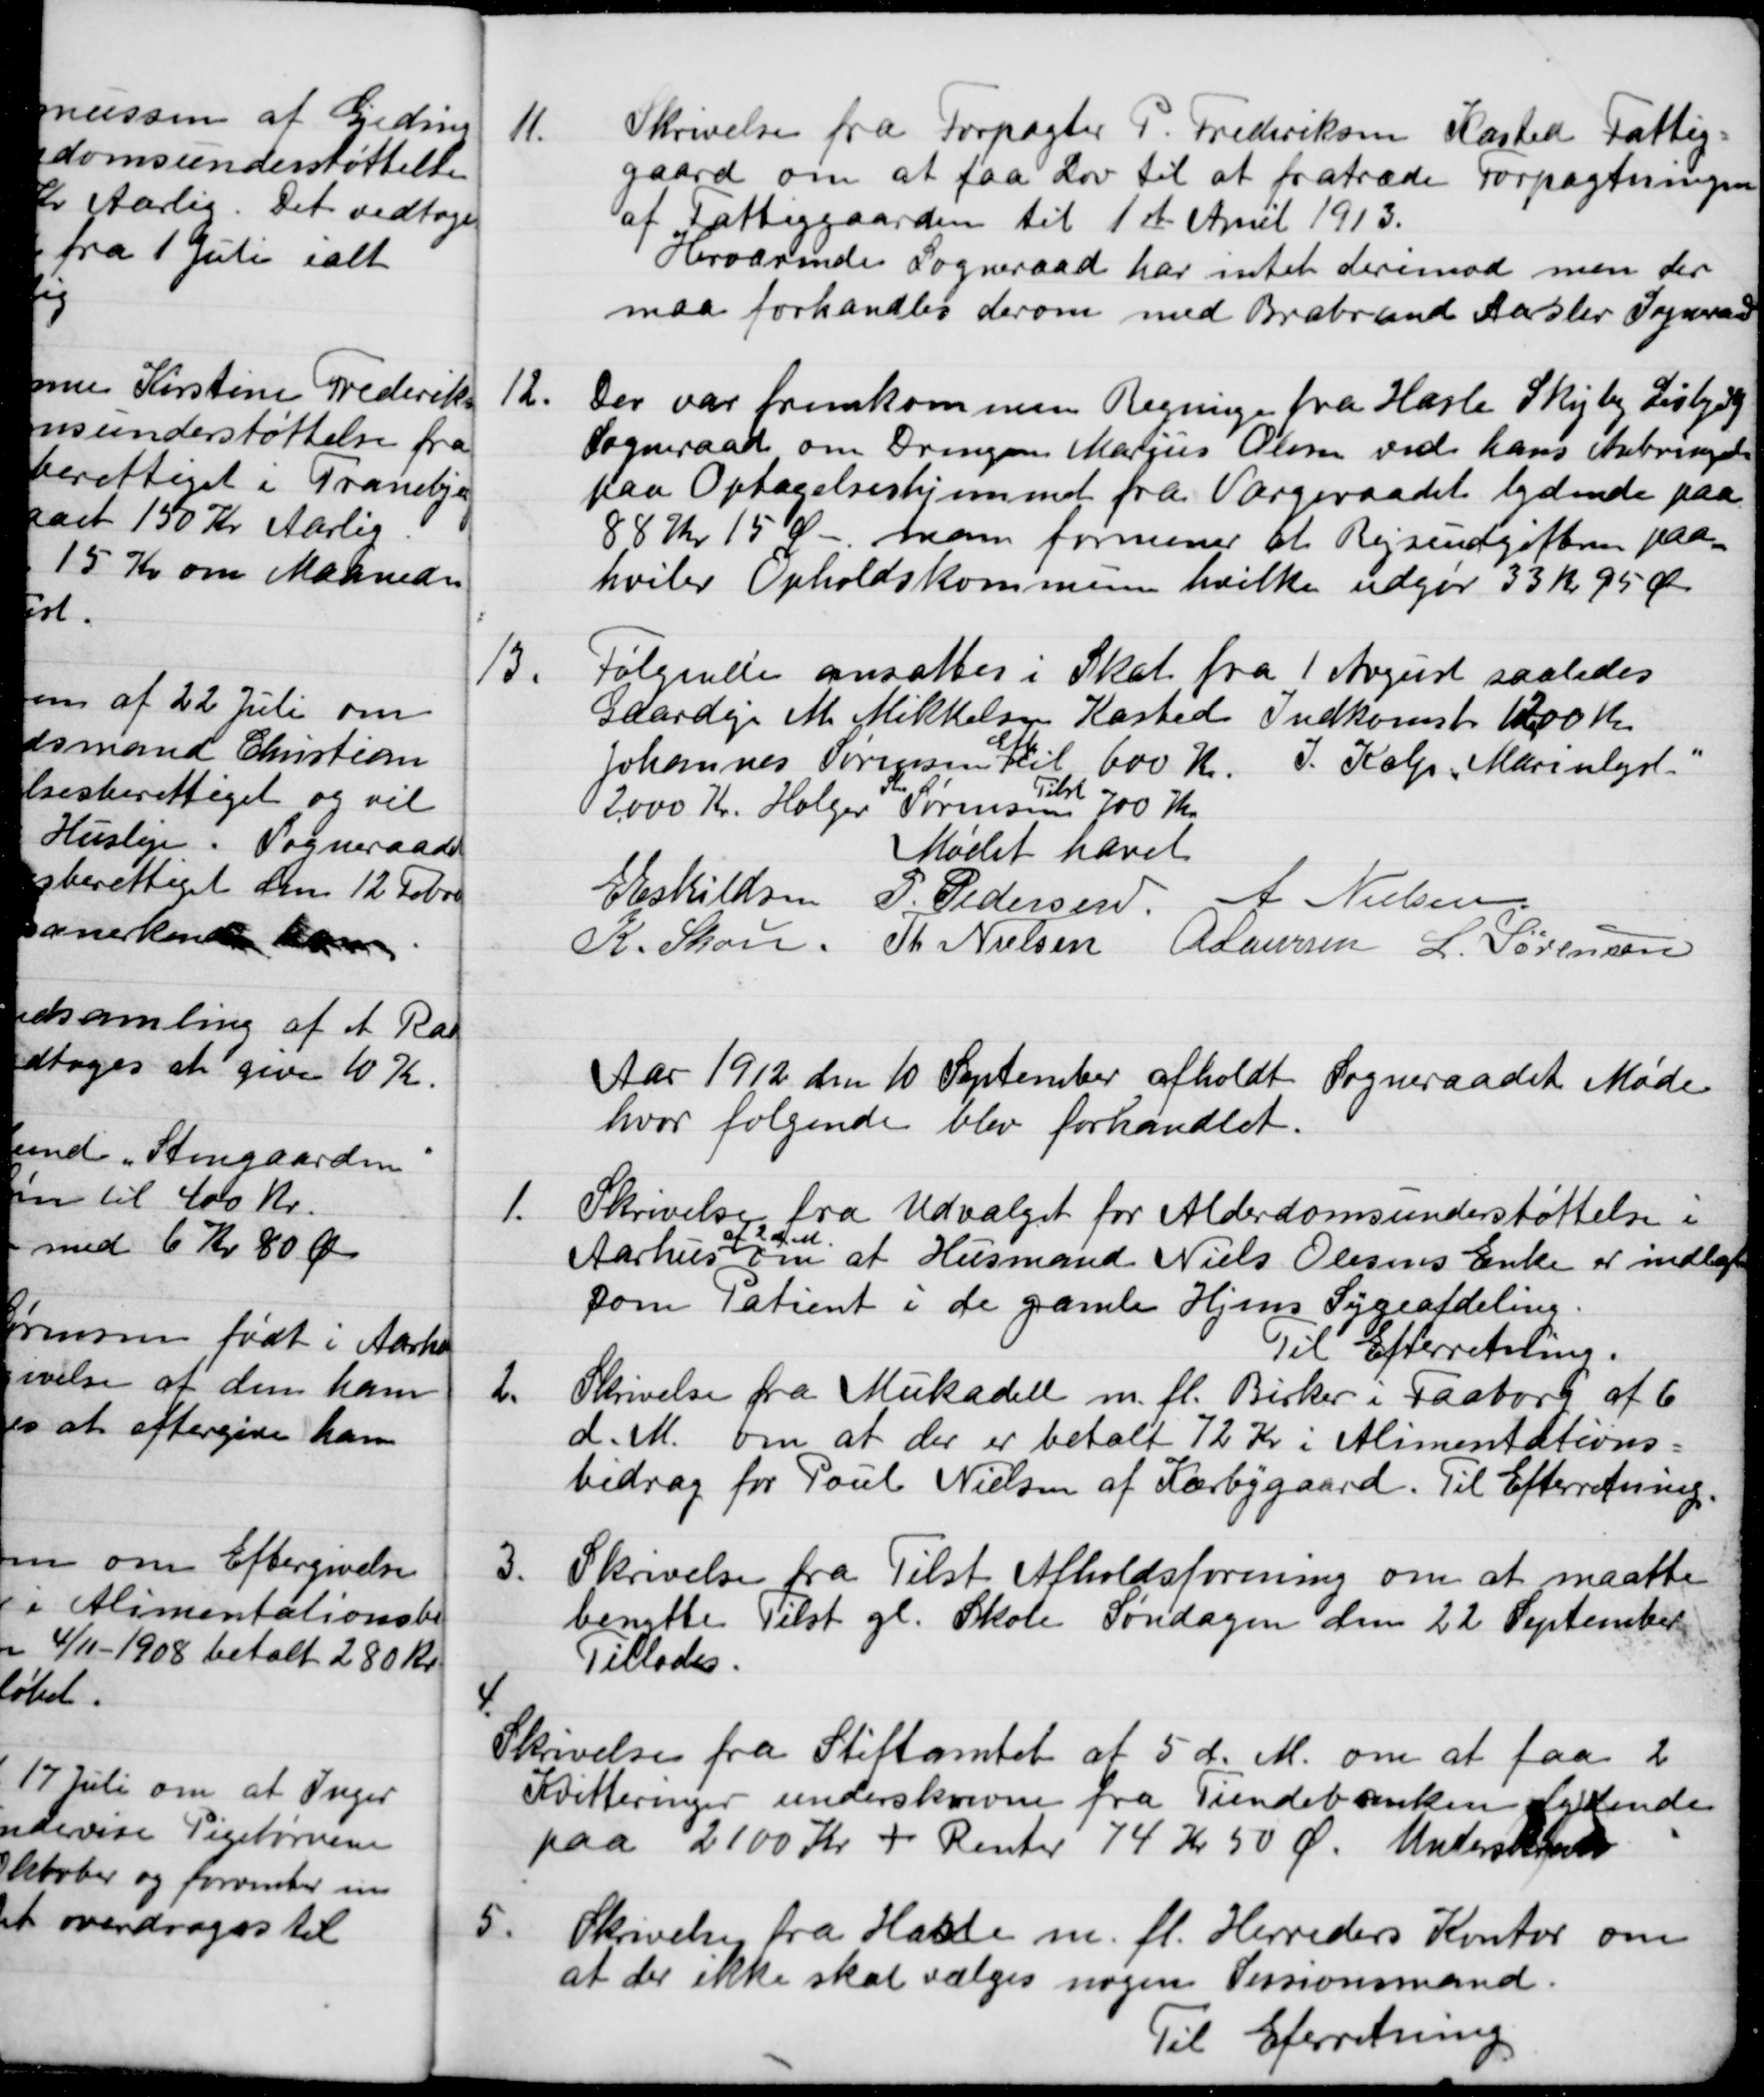
Transskription:
11.
Skrivelse fra Forpagter P. Frederiksen Kasted Fattig-
gaard om at faa Lov til at fratræde Forpagtningen
af Fattiggaarden til 1st April 1913.
Herværende Sogneraad har intet derimod men der
maa forhandles derom med Brabrand Aaslev Sogneraad
12.
Der var fremkommen Regninger fra Hasle Skejby Lisbjerg
Sogneraad om Drengen Marius Olsen ved hans Anbringelse
paa Optagelseshjemmet fra Værgeraadet lydende paa
88 Kr 15 Ø - man formener at Rejseudgifterne paa-
hviler Opholdskommunen hvilke udgør 33 kr 95 Øre
13.
Følgende ansattes i Skat fra 1 August saaledes
Gaardejer M. Mikkelsen Kasted Indkomst 1200 Kr.
Johannes Sørensen Eik til 600 Kr
I. Kolp, "Marienlyst"
2000 Kr. Holger Sørensen
Tilst
700 Kr.
Mødet hævet
E Eskildsen
P. Pedersen
A. Nielsen
K. Skou
Th. Nielsen
A Laursen
L. Sørensen
Aar 1912 den 10 September afholdt Sogneraadet Møde
hvor følgende blev forhandlet.
1.
Skrivelse fra Udvalget for Alderdomsunderstøttelse i
Aarhus
af 2 d. M
om at Husmand Niels Olesens Enke er indlagt
som Patient i de gamle Hjems Sygeafdeling.
Til Efterretning.
2.
Skrivelse fra Mukadell m. fl. Birker i Faaborg af 6
d. M. om at der er betalt 72 Kr i Alimentations-
bidrag for Poul Nielsen af Kærbygaard. Til Efterretning.
3.
Skrivelse fra Tilst Afholdsforening om at maatte
benytte Tilst gl. Skole Søndagen den 22 September
Tillades.
4
Skrivelse fra Stiftamtet af 5 d. M. om at faa 2
Kvitteringer underskrevne fra Tiendebanken lydende
paa 2100 Kr + Renter 74 Kr 50 Ø.
Underskrevet
5.
Skrivelse fra Hasle m. fl. Herreders Kontor om
at der ikke skal vælges nogen Sessionsmand.
Til Efterretning